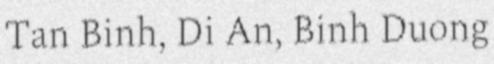
Tan Binh, Di An, Binh Duong